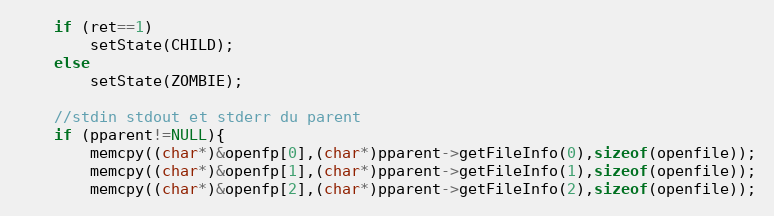
Language: C++
	if (ret==1)
		setState(CHILD);
	else
		setState(ZOMBIE);

	//stdin stdout et stderr du parent
	if (pparent!=NULL){
		memcpy((char*)&openfp[0],(char*)pparent->getFileInfo(0),sizeof(openfile));
		memcpy((char*)&openfp[1],(char*)pparent->getFileInfo(1),sizeof(openfile));
		memcpy((char*)&openfp[2],(char*)pparent->getFileInfo(2),sizeof(openfile));